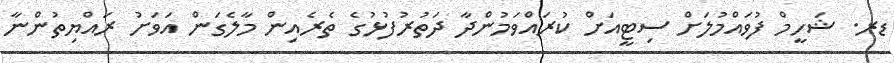
ޑރ. ޝަހީމް ފުވައްމުލަށް ސިޓީއަށް ކުރައްވަމުންދާ ދަތުރުފުޅުގެ ތެރެއިން މާލެގަން އަވަށު ރައްޔިތުންނާ